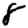
Digit: 8